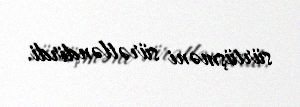
sürtüşməni sürətləndirdi.